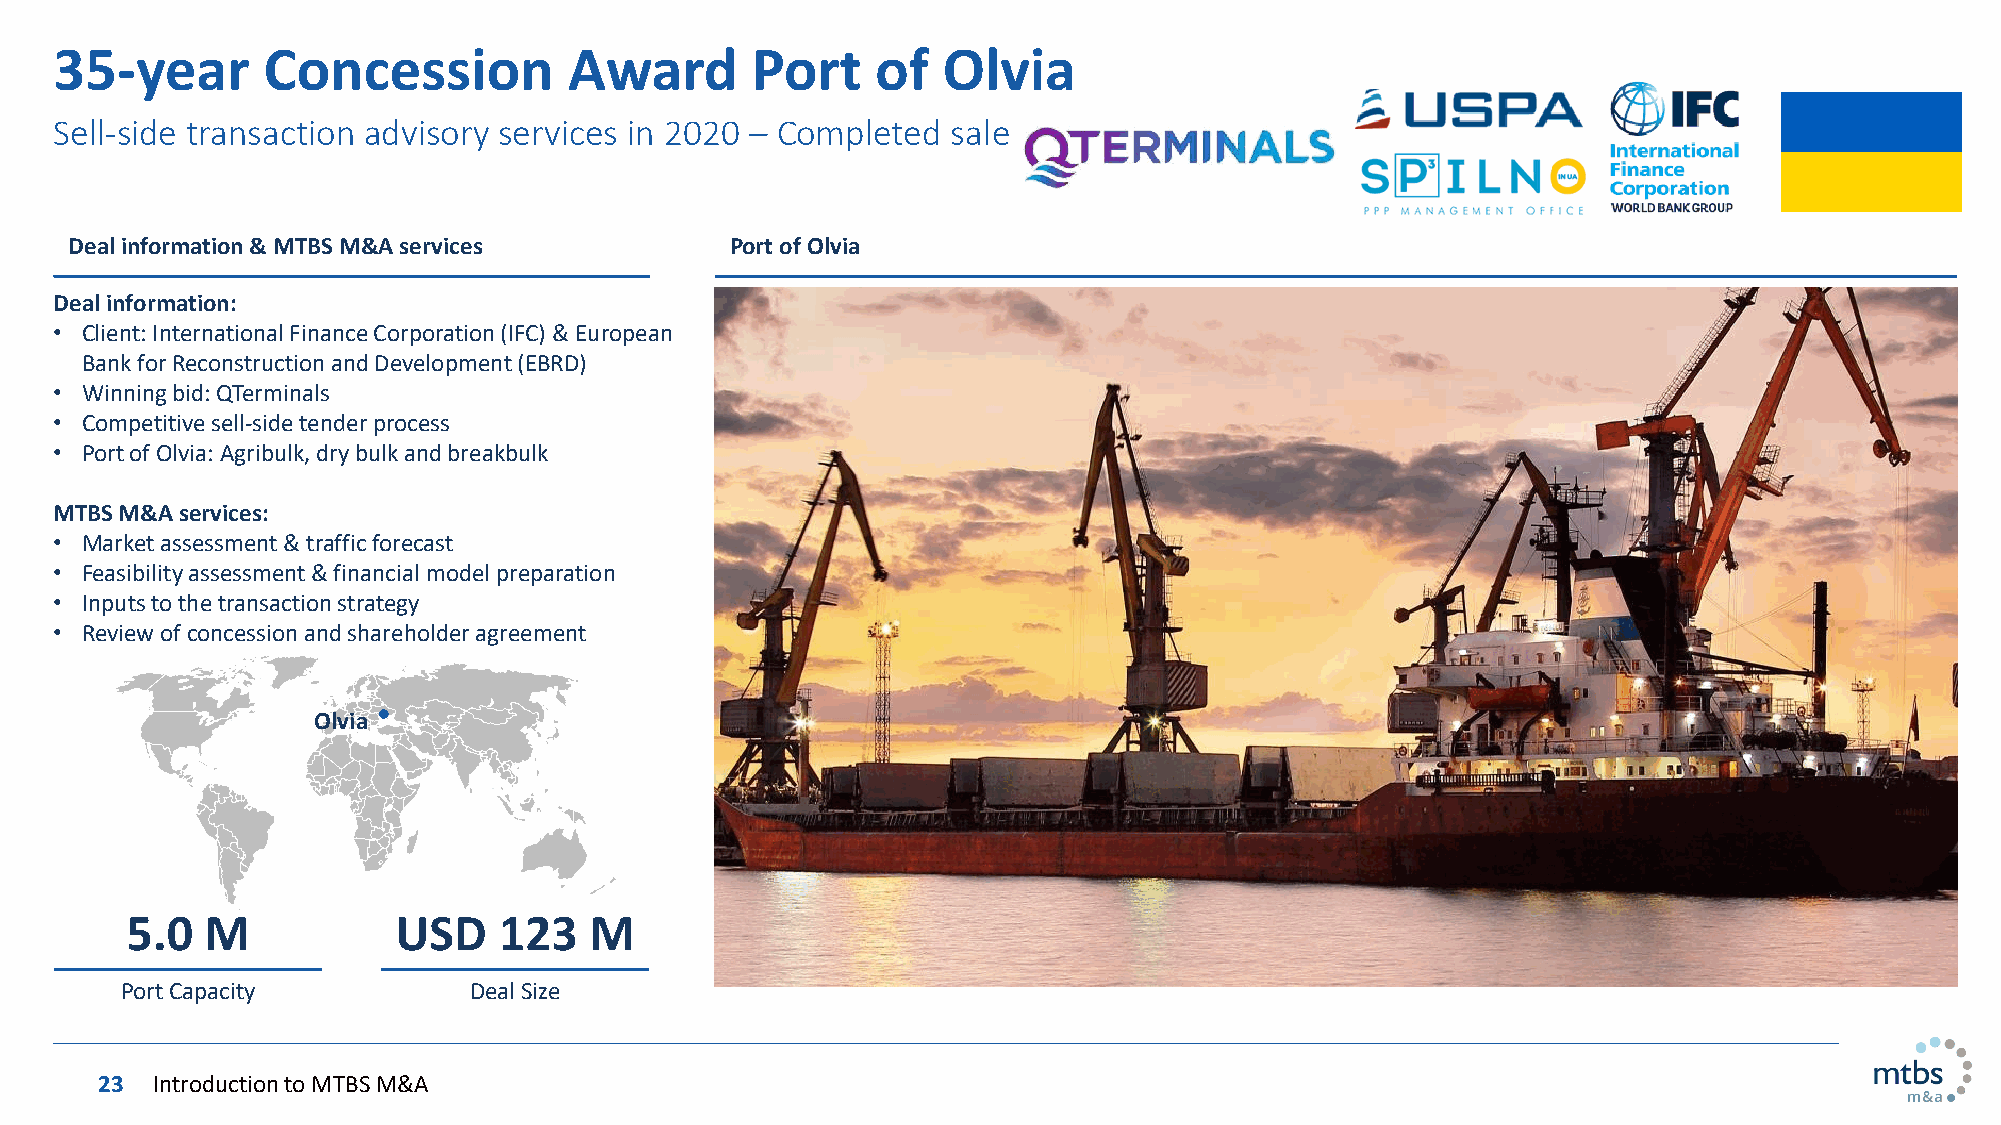
35-year      Concession           Award       Port    of  Olvia
 Sell-side transaction advisory services in 2020 – Completed sale
 Deal information & MTBS M&A services       Port of Olvia
 Deal information:
 • Client: International Finance Corporation (IFC) & European
 Bank for Reconstruction and Development (EBRD)
 • Winning bid: QTerminals
 • Competitive sell-side tender process
 • Port of Olvia: Agribulk, dry bulk and breakbulk
 MTBS M&A services:
 • Market assessment & traffic forecast
 • Feasibility assessment & financial model preparation
 • Inputs to the transaction strategy
 • Review of concession and shareholder agreement
 Olvia
 5.0   M           USD    123   M
 Port Capacity          Deal Size
 23 Introduction to MTBS M&A